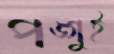
পঙ্গুই